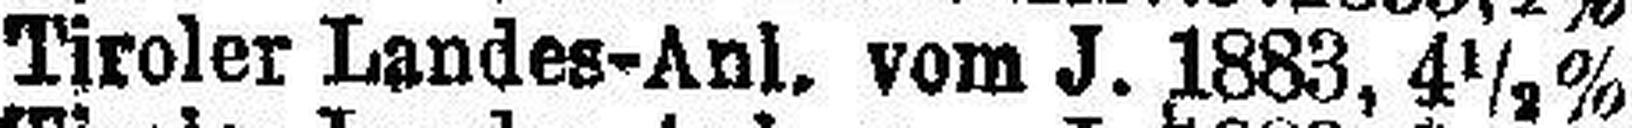
Tiroler Landes-Anl. vom J. 1883, 4½%